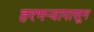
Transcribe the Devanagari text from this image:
हरभऱ्यापासून